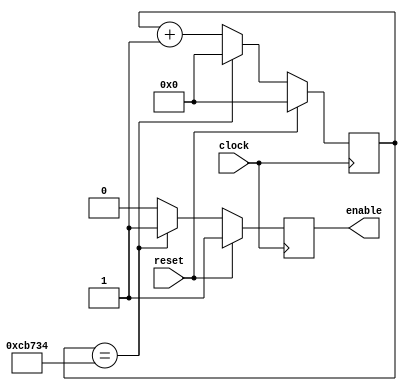
`timescale 1ns / 1ps
//////////////////////////////////////////////////////////////////////////////////
// Company: 
// Engineer: 
// This is a 50 MHz to 60 Hz clock divider.  This is meant to be used for the NES controller
// The NES controller specs us a 60 Hz enable signal.
// Design Name: 
// Module Name:    ClockDivider_50MHz_To_60Hz 
// Project Name: 
// Target Devices: 
// Tool versions: 
// Description: 
//
// Dependencies: 
//
// Revision: 
// Revision 0.01 - File Created
// Additional Comments: 
//
//////////////////////////////////////////////////////////////////////////////////
module ClockDivider_50MHz_To_60Hz(
    input clock,
	 input reset,
    output reg enable
    );
	reg [19:0] count;
	
	always@(posedge clock) begin
		count <= 0;
		enable <= 1;
		if(reset) begin
			enable <= 1;
			count  <= 0;
		end
//50*10^6/ 60 = 833333.  [0, 833332] => 833333 counts
		
		else if(count == 833332) begin
		//else if(count == 50) begin //for testing
			enable <= 1;
			count  <= 0;
		end
		else begin
			enable <= 0;
			count <= count + 1;
		end
	
	end

endmodule